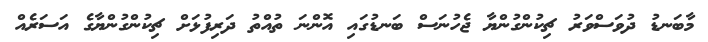
މާބަނޑު ދުވަސްވަރު ޗިކުންގުންޔާ ޖެހުނަސް ބަނޑުގައި އޮންނަ ތުއްތު ދަރިފުޅަށް ޗިކުންގުންޔާގެ އަސަރެއް